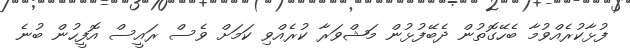
ފުޅާކުރެއްވުމާާ ބެހޭގޮތުން ދެބޭފުޅުން މަޝްވަރާ ކުރެއްވި ކަަމަށް ވެސް ރައީސް އޮފީހުން ބުނެ